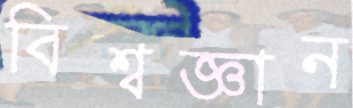
বিশ্বজ্ঞান